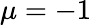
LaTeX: \mu=-1